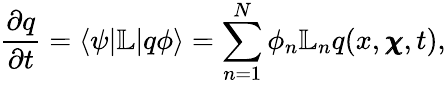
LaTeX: \frac{\partial q}{\partial t}=\langle\psi|\mathbb{L}|q\phi\rangle=\sum_{n=1}^{N}\phi_{n}\mathbb{L}_{n}q(x,\pmb{\chi},t),